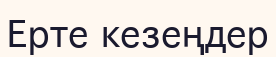
Ерте кезеңдер